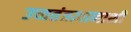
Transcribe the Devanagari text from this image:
उच्चतंत्रज्ञानाशी